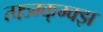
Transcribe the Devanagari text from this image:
त्फ्ज्ग्क्ग्क्झ